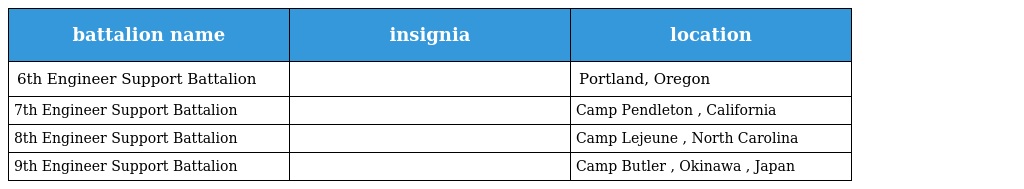
| battalion name | insignia | location |
 | --- | --- | --- |
 | 6th Engineer Support Battalion |  | Portland, Oregon |
 | 7th Engineer Support Battalion |  | Camp Pendleton , California |
 | 8th Engineer Support Battalion |  | Camp Lejeune , North Carolina |
 | 9th Engineer Support Battalion |  | Camp Butler , Okinawa , Japan |